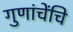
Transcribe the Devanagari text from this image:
गुणांचेंचि